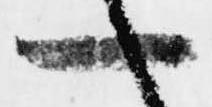
一